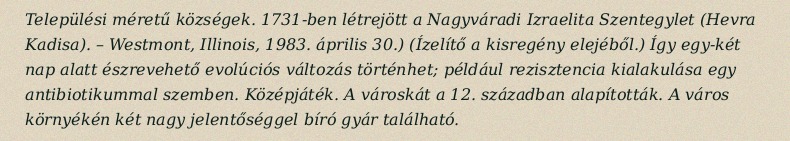
Települési méretű községek. 1731-ben létrejött a Nagyváradi Izraelita Szentegylet (Hevra Kadisa). – Westmont, Illinois, 1983. április 30.) (Ízelítő a kisregény elejéből.) Így egy-két nap alatt észrevehető evolúciós változás történhet; például rezisztencia kialakulása egy antibiotikummal szemben. Középjáték. A városkát a 12. században alapították. A város környékén két nagy jelentőséggel bíró gyár található.